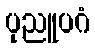
ပုညူပဂံ